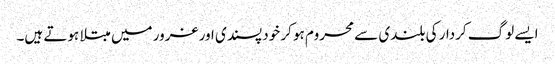
ایسے لوگ کردار کی بلندی سے محروم ہو کر خود پسندی اور غرور میں مبتلا ہوتے ہیں۔